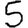
Digit: 5